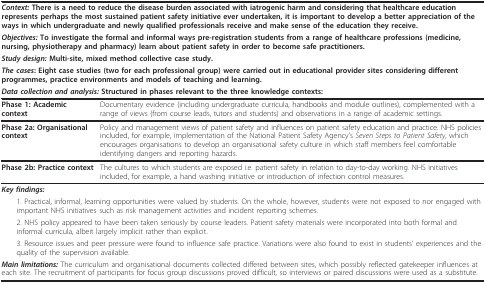
<table><thead><tr><td colspan="2"><b><i>Context: </i>There is a need to reduce the disease burden associated with iatrogenic harm and considering that healthcare education represents perhaps the most sustained patient safety initiative ever undertaken, it is important to develop a better appreciation of the ways in which undergraduate and newly qualified professionals receive and make sense of the education they receive.</b></td></tr><tr><td colspan="2"><b><i>Objectives: </i>To investigate the formal and informal ways pre-registration students from a range of healthcare professions (medicine, nursing, physiotherapy and pharmacy) learn about patient safety in order to become safe practitioners.</b></td></tr><tr><td colspan="2"><b><i>Study design: </i>Multi-site, mixed method collective case study.</b></td></tr><tr><td colspan="2"><b><i>The cases</i>: Eight case studies (two for each professional group) were carried out in educational provider sites considering different programmes, practice environments and models of teaching and learning.</b></td></tr><tr><td colspan="2"><b><i>Data collection and analysis: </i>Structured in phases relevant to the three knowledge contexts:</b></td></tr></thead><tbody><tr><td><b>Phase 1: Academic context</b></td><td>Documentary evidence (including undergraduate curricula, handbooks and module outlines), complemented with a range of views (from course leads, tutors and students) and observations in a range of academic settings.</td></tr><tr><td><b>Phase 2a: Organisational context</b></td><td>Policy and management views of patient safety and influences on patient safety education and practice. NHS policies included, for example, implementation of the National Patient Safety Agency&#x27;s <i>Seven Steps to Patient Safety</i>, which encourages organisations to develop an organisational safety culture in which staff members feel comfortable identifying dangers and reporting hazards.</td></tr><tr><td><b>Phase 2b: Practice context</b></td><td>The cultures to which students are exposed i.e. patient safety in relation to day-to-day working. NHS initiatives included, for example, a hand washing initiative or introduction of infection control measures.</td></tr><tr><td colspan="2"><i><b>Key findings:</b></i></td></tr><tr><td colspan="2"> 1. Practical, informal, learning opportunities were valued by students. On the whole, however, students were not exposed to nor engaged with important NHS initiatives such as risk management activities and incident reporting schemes.</td></tr><tr><td colspan="2"> 2. NHS policy appeared to have been taken seriously by course leaders. Patient safety materials were incorporated into both formal and informal curricula, albeit largely implicit rather than explicit.</td></tr><tr><td colspan="2"> 3. Resource issues and peer pressure were found to influence safe practice. Variations were also found to exist in students&#x27; experiences and the quality of the supervision available.</td></tr><tr><td colspan="2"><i><b>Main limitations: </b></i>The curriculum and organisational documents collected differed between sites, which possibly reflected gatekeeper influences at each site. The recruitment of participants for focus group discussions proved difficult, so interviews or paired discussions were used as a substitute.</td></tr></tbody></table>